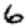
Digit: 6